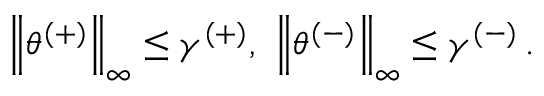
\begin{array} { r } { \left\lVert \theta ^ { ( + ) } \right\rVert _ { \infty } \leq \gamma ^ { ( + ) } , \ \left\lVert \theta ^ { ( - ) } \right\rVert _ { \infty } \leq \gamma ^ { ( - ) } \, . } \end{array}